65_HS1-834228961_62-HQ-83894_Serial_164
Agency: FBI
Page 119
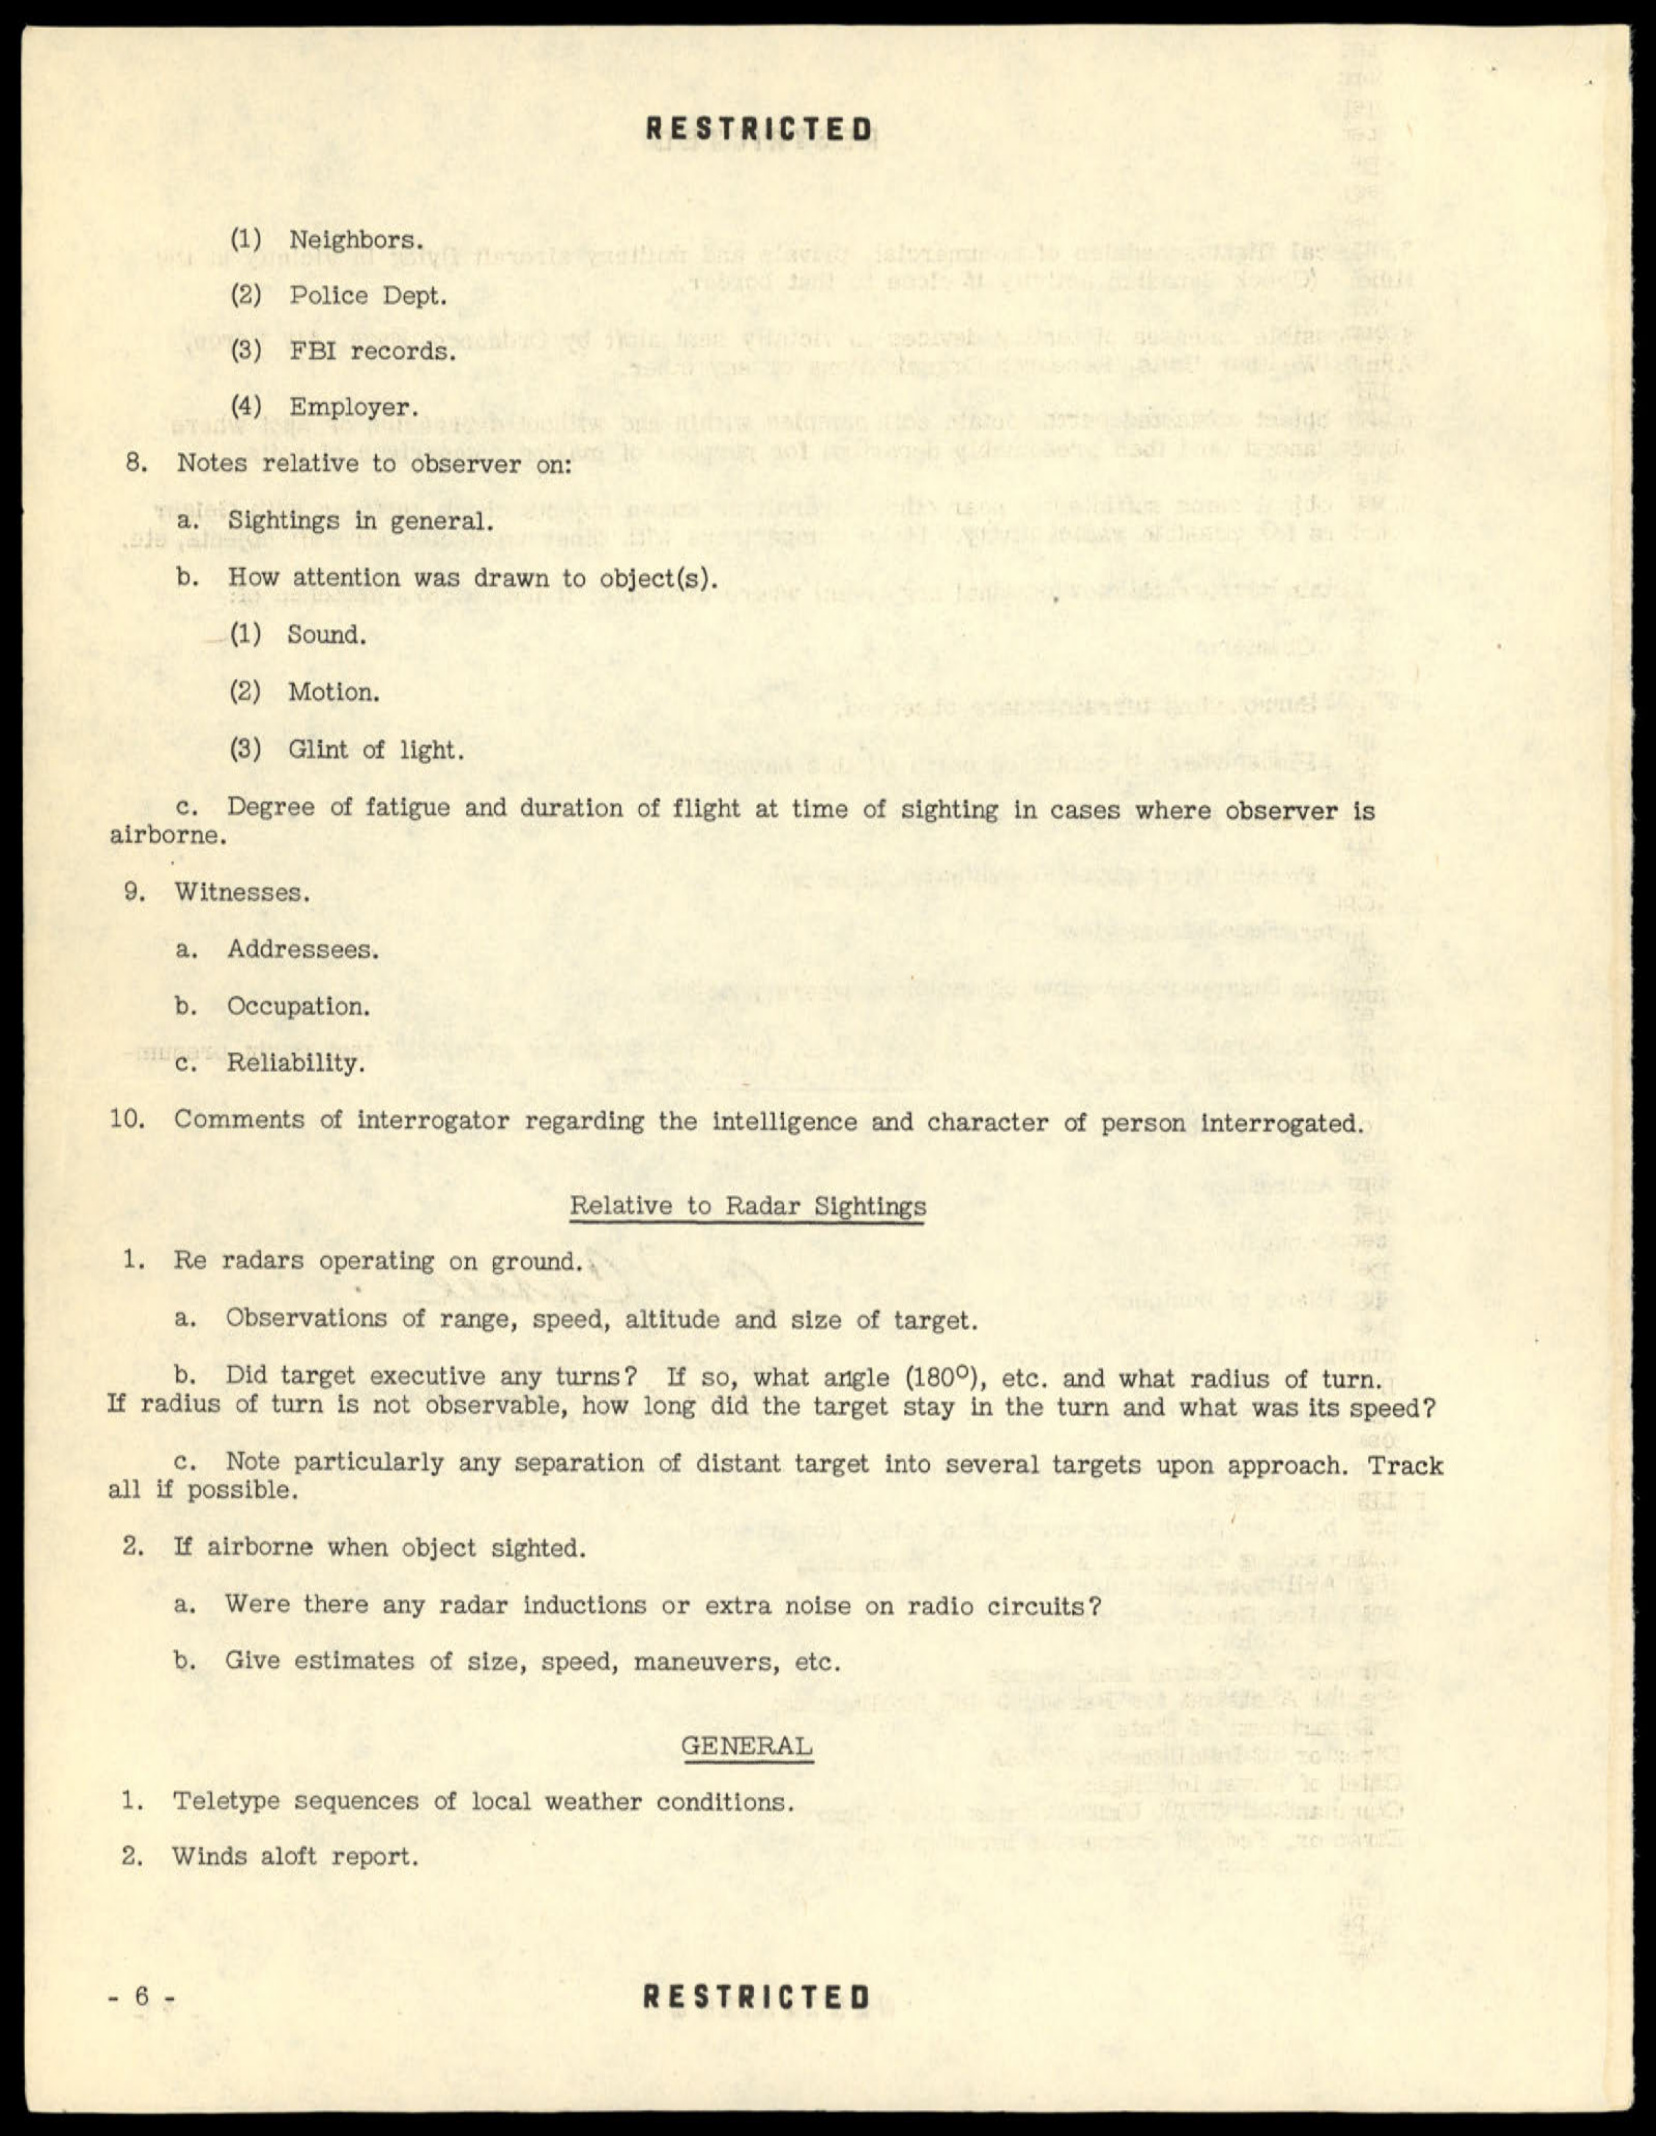